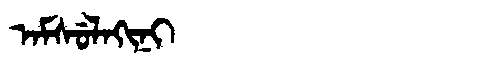
Manchu: ᠠᠮᠰᡠᠯᠠᡴᡳᠨᡳ
Romanization: AMSULAKINI